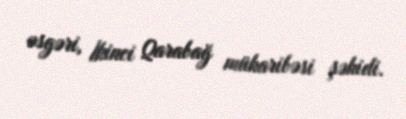
əsgəri, İkinci Qarabağ müharibəsi şəhidi.